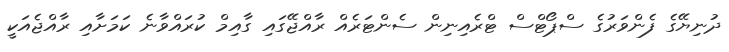
ދުނިޔޭގެ ފެންވަރުގެ ސްޕޯޓްސް ޓްރެއިނިން ސެންޓަރެއް ރާއްޖޭގައި ގާއިމް ކުރައްވާނެ ކަމަށާއި ރާއްޖެއަކީ